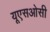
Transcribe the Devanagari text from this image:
यूएसओसी